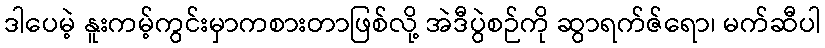
ဒါပေမဲ့ နူးကမ့်ကွင်းမှာကစားတာဖြစ်လို့ အဲဒီပွဲစဉ်ကို ဆွာရက်ဇ်ရော၊ မက်ဆီပါ